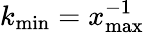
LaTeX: k_{\mathrm{min}}=x_{\mathrm{max}}^{-1}